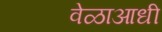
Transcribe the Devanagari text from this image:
वेळाआधी